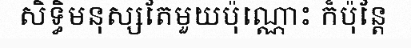
សិទ្ធិមនុស្សតែមួយប៉ុណ្ណោះ ក៏ប៉ុន្តែ